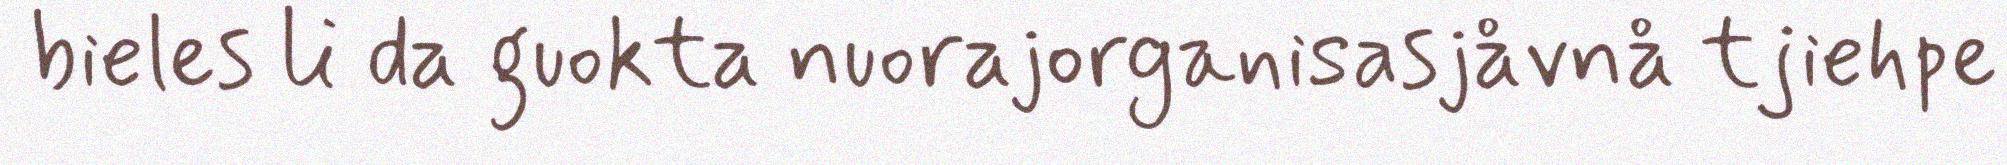
bieles li da guokta nuorajorganisasjåvnå tjiehpe